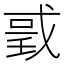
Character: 𢧌